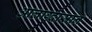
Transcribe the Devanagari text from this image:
आलाग्दासान